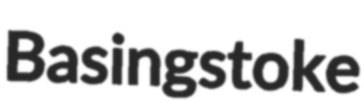
Basingstoke